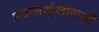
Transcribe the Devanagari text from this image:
प्रवालशृंखलाओं